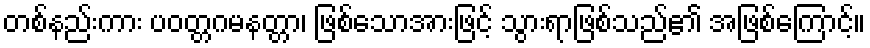
တစ်နည်းကား ပဝတ္တဂမနတ္တာ၊ ဖြစ်သောအားဖြင့် သွားရာဖြစ်သည်၏ အဖြစ်ကြောင့်။